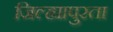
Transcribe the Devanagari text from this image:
जिल्ह्यापुरता